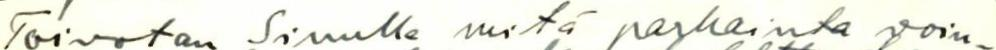
Toivotan Sinulle mitä parhainta voin-